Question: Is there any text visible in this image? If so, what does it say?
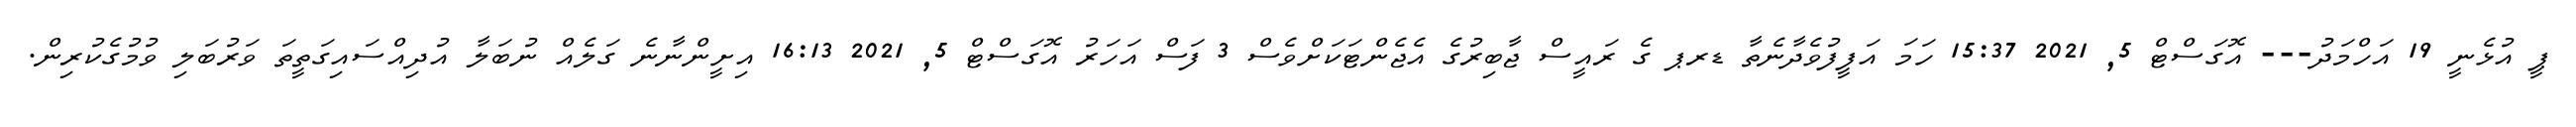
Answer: ޕީ އުޅެނީ 19 އަހްމަދު--- އޮގަސްޓް 5, 2021 15:37 ހަމަ އަފީފުވެދާނެތާ ޑރޕ ގެ ރައީސް ޖާބިރުގެ އެޖެންޓަކަށްވެސް 3 ފަސް އަހަރު އޮގަސްޓް 5, 2021 16:13 އިށީންނާނެ ގަލެއް ނުބަލާ އުދިއްސައިގަތީތަ ވަރުބަލި ވުމުގެކުރިން.